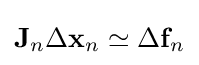
\mathbf {J} _{n}\Delta \mathbf {x} _{n}\simeq \Delta \mathbf {f} _{n}